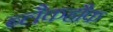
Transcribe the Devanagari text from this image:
ब्लैकहौक